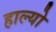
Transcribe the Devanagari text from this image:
हाल्‍यो